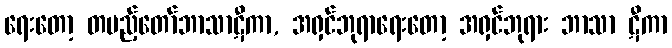
ရေးတော့ တပည့်တော်ဘာသာဋီကာ, အရှင်ဘုရာရေးတော့ အရှင်ဘုရား ဘာသာ ဋီကာ